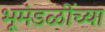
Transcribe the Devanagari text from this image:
भूमंडळींच्या